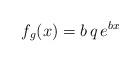
LaTeX: \begin{align*}f_g(x) = b \, q \, e^{b x}\end{align*}